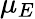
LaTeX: \mu_{E}